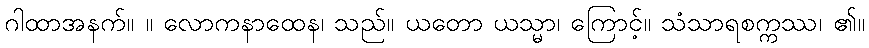
ဂါထာအနက်။ ။ လောကနာထေန၊ သည်။ ယတော ယသ္မာ၊ ကြောင့်။ သံသာရစက္ကဿ၊ ၏။